Civil Veterinary Department ledger series I-VI
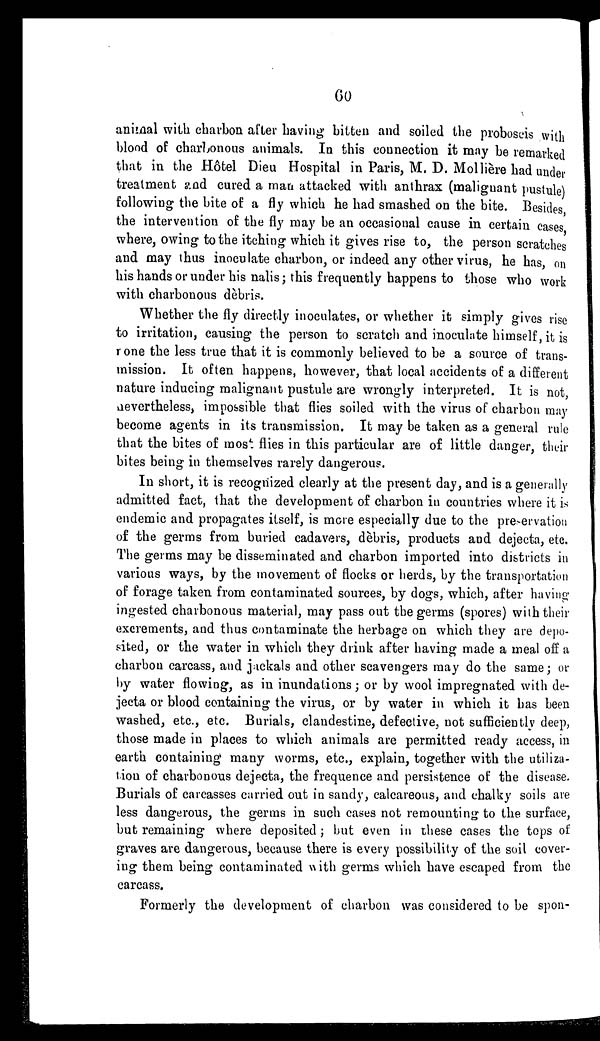
60
animal with charbon after having bitten and soiled the proboscis with
blood of charbonous animals. In this connection it may be remarked
that in the Hôtel Dieu Hospital in Paris, M. D. Mollière had under
treatment and cured a man attacked with anthrax (malignant pustule)
following the bite of a fly which he had smashed on the bite. Besides,
the intervention of the fly may be an occasional cause in certain cases,
where, owing to the itching which it gives rise to, the person scratches
and may thus inoculate charbon, or indeed any other virus, he has, on
his hands or under his nalis; this frequently happens to those who work
with charbonous dèbris.
Whether the fly directly inoculates, or whether it simply gives rise
to irritation, causing the person to scratch and inoculate himself, it is
none the less true that it is commonly believed to be a source of trans-
mission. It often happens, however, that local accidents of a different
nature inducing malignant pustule are wrongly interpreterd. It is not,
nevertheless, impossible that flies soiled with the virus of charbon may
become agents in its transmission. It may be taken as a general rule
that the bites of most flies in this particular are of little danger, their
bites being in themselves rarely dangerous.
In short, it is recognized clearly at the present day, and is a generally
admitted fact, that the development of charbon in countries where it is
endemic and propagates itself, is more especially due to the pre-ervation
of the germs from buried cadavers, dèbris, products and dejecta, etc.
The germs may be disseminated and charbon imported into districts in
various ways, by the movement of flocks or herds, by the transportation
of forage taken from contaminated sources, by dogs, which, after having
ingested charbonous material, may pass out the germs (spores) with their
excrements, and thus contaminate the herbage on which they are depo-
sited, or the water in which they drink after having made a meal off a
charbon carcass, and jackals and other scavengers may do the same; or
by water flowing, as in inundations; or by wool impregnated with de-
jecta or blood containing the virus, or by water in which it has been
washed, etc., etc. Burials, clandestine, defective, not sufficiently deep,
those made in places to which animals are permitted ready access, in
earth containing many worms, etc., explain, together with the utiliza-
tion of charbonous dejecta, the frequence and persistence of the disease.
Burials of carcasses carried out in sandy, calcareous, and chalky soils are
less dangerous, the germs in such cases not remounting to the surface,
but remaining where deposited; but even in these cases the tops of
graves are dangerous, because there is every possibility of the soil cover-
ing them being contaminated with germs which have escaped from the
carcass.
Formerly the development of charbon was considered to be spon-